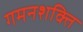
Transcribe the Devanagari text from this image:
गमनशक्ति